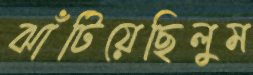
ঝাঁটিয়েছিলুম